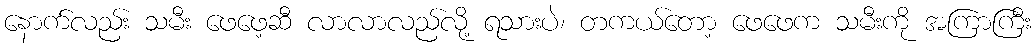
နောက်လည်း သမီး ဖေဖေ့ဆီ လာလာလည်လို့ ရသားပဲ၊ တကယ်တော့ ဖေဖေက သမီးကို အကြာကြီး